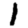
Digit: 1